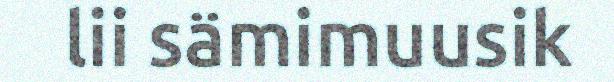
lii sämimuusik